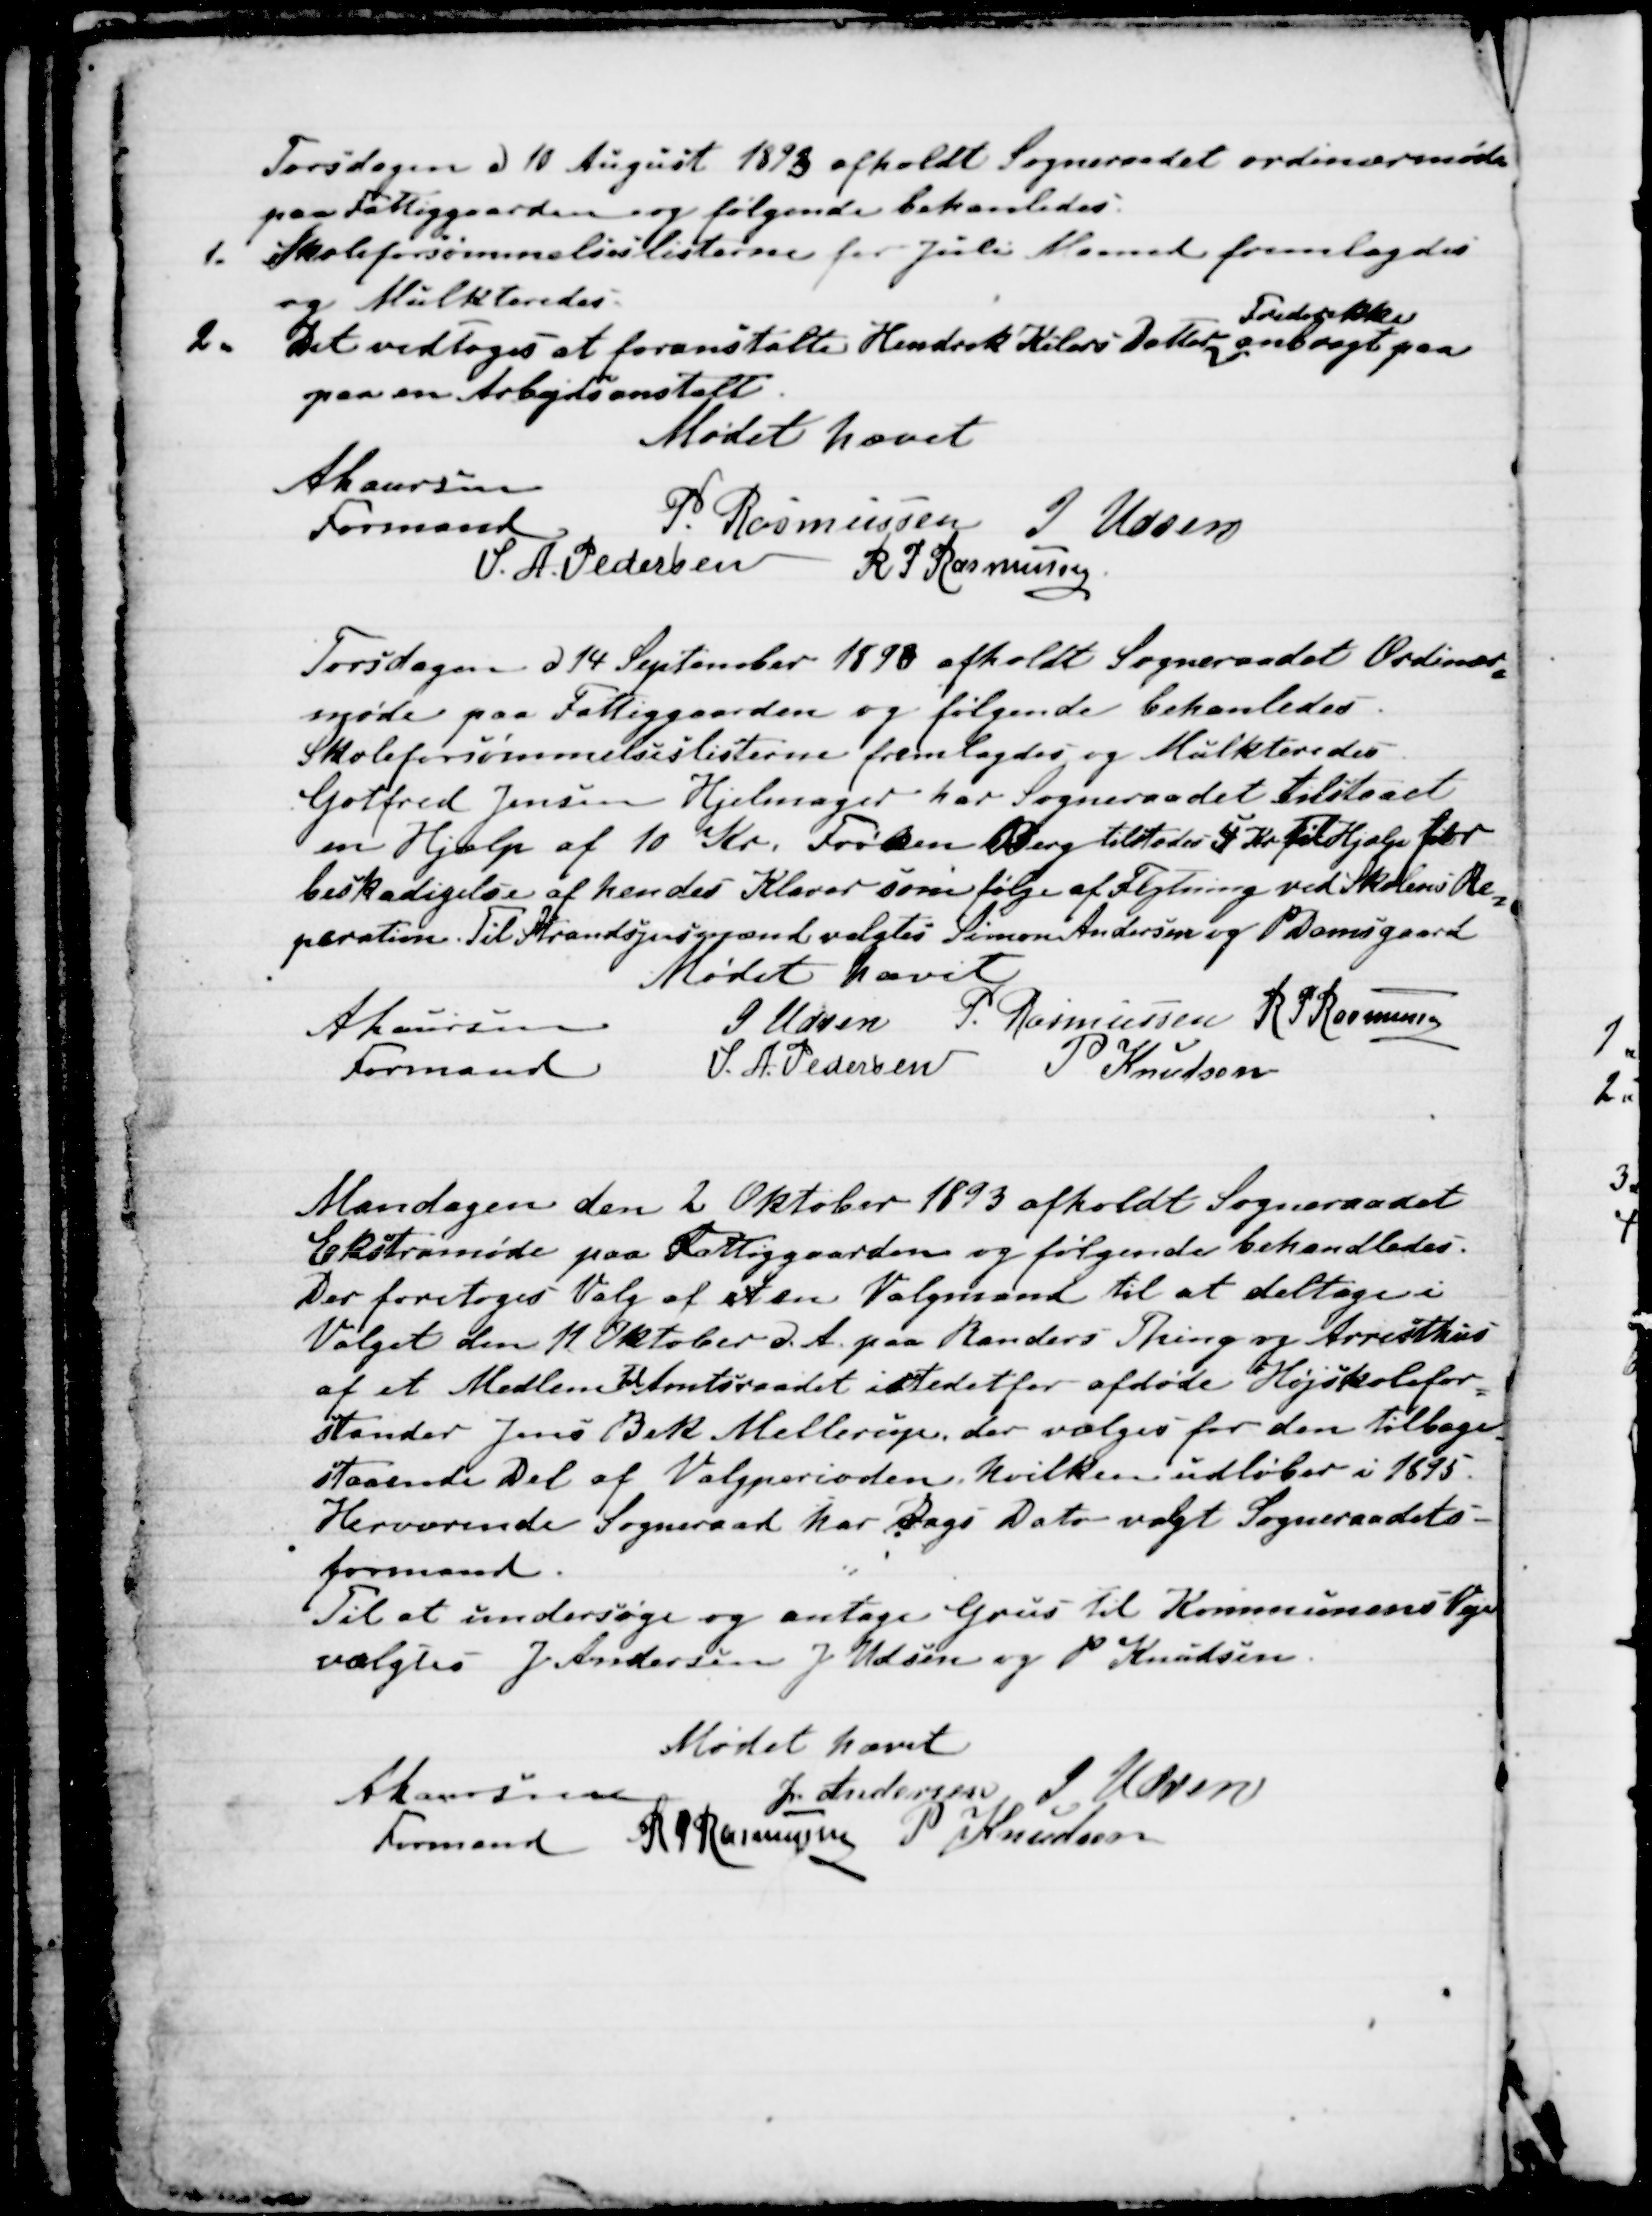
Transskription:
Torsdagen d 10 August 1893 afholdt Sogneraadet ordinærmøde
paa Fattiggaarden og følgende behandledes.
1. Skoleforsømmelseslisterne for Juli Maaned fremlagdes
og Mulkteredes.
2. Det vedtoges at foranstalte Hendrik Kilers Datter
Frederikke
anbragt paa
paa en Arbejdsanstalt.
Mødet hævet
A Laursen
Formand
P. Rasmussen
J Udsen
S. A. Pedersen
R P Rasmussen

Torsdagen d 14 September 1893 afholdt Sogneraadet Ordinær
=
møde paa Fattiggaarden og følgende behandledes.
Skoleforsømmelseslisterne fremlagdes og Mulkteredes
Gotfred Jensen Hjelmager har Sogneraadet tilstaaet
en Hjælp af 10 Kr. Frøken Berg tilstodes 4 Kr til Hjælp for 
beskadigelse af hendes Klaver som følge af Flytning ved Skolens Re
=
peration. Til Strandsynsmænd valgtes Simon Andersen og P Damsgaard
Mødet hævet
A Laursen
Formand
J Udsen
P. Rasmussen
R P Rasmussen
S. A. Pedersen
P Knudsen

Mandagen den 2 Oktober 1893 afholdt Sogneraadet
Ekstramøde paa Fattiggaarden og følgende behandledes.
Der foretoges Valg af et en Valgmand til at deltage i 
Valget den 11 Oktober d. A. paa Randers Thing og Arresthus
af et Medlem 
til
Amtsraadet istedet for afdøde Højskolefor
=
stander Jens Bek Mellerup der vælges for den tilbage
=
staaende Del af Valgperioden, hvilken udløber i 1895.
Herværende Sogneraad har Dags Dato valgt Sogneraadets -
formand.
Til at undersøge og antage Grus til Kommunens Veje
valgtes J Andersen J Udsen og P Knudsen.
Mødet hævet
A Laursen
Formand
J. Andersen
J Udsen
R P Rasmussen
P Knudsen